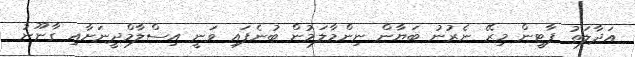
އަދާލަތު ޕާޓީން މިރޭ ނެރުނު ބަޔާން ނިންމާލަމުން ބުނެފައި ވަނީ އިސްލާމްދީނަށާއި ގާނޫނު